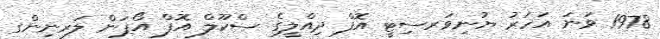
1978 ވަނަ އަހަރު ޔުނިވަރސިޓީ އޮފް ދިއްލީގެ ސްކޫލް އޮފް އޯޕަން ލަރނިންގ